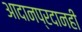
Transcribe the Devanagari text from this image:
आदानप्रदानही